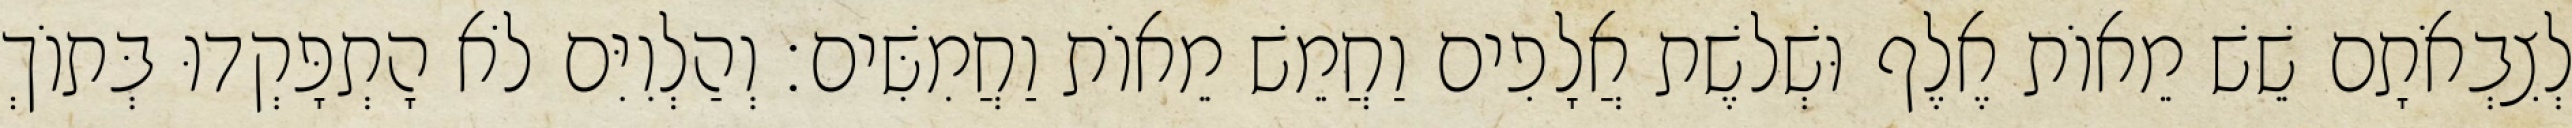
לְצִבְאֹתָם שֵׁשׁ מֵאוֹת אֶלֶף וּשְׁלשֶׁת אֲלָפִים וַחֲמֵשׁ מֵאוֹת וַחֲמִשִּׁים׃ וְהַלְוִיִּם לֹא הָתְפָּקְדוּ בְּתוֹךְ